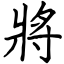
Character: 將